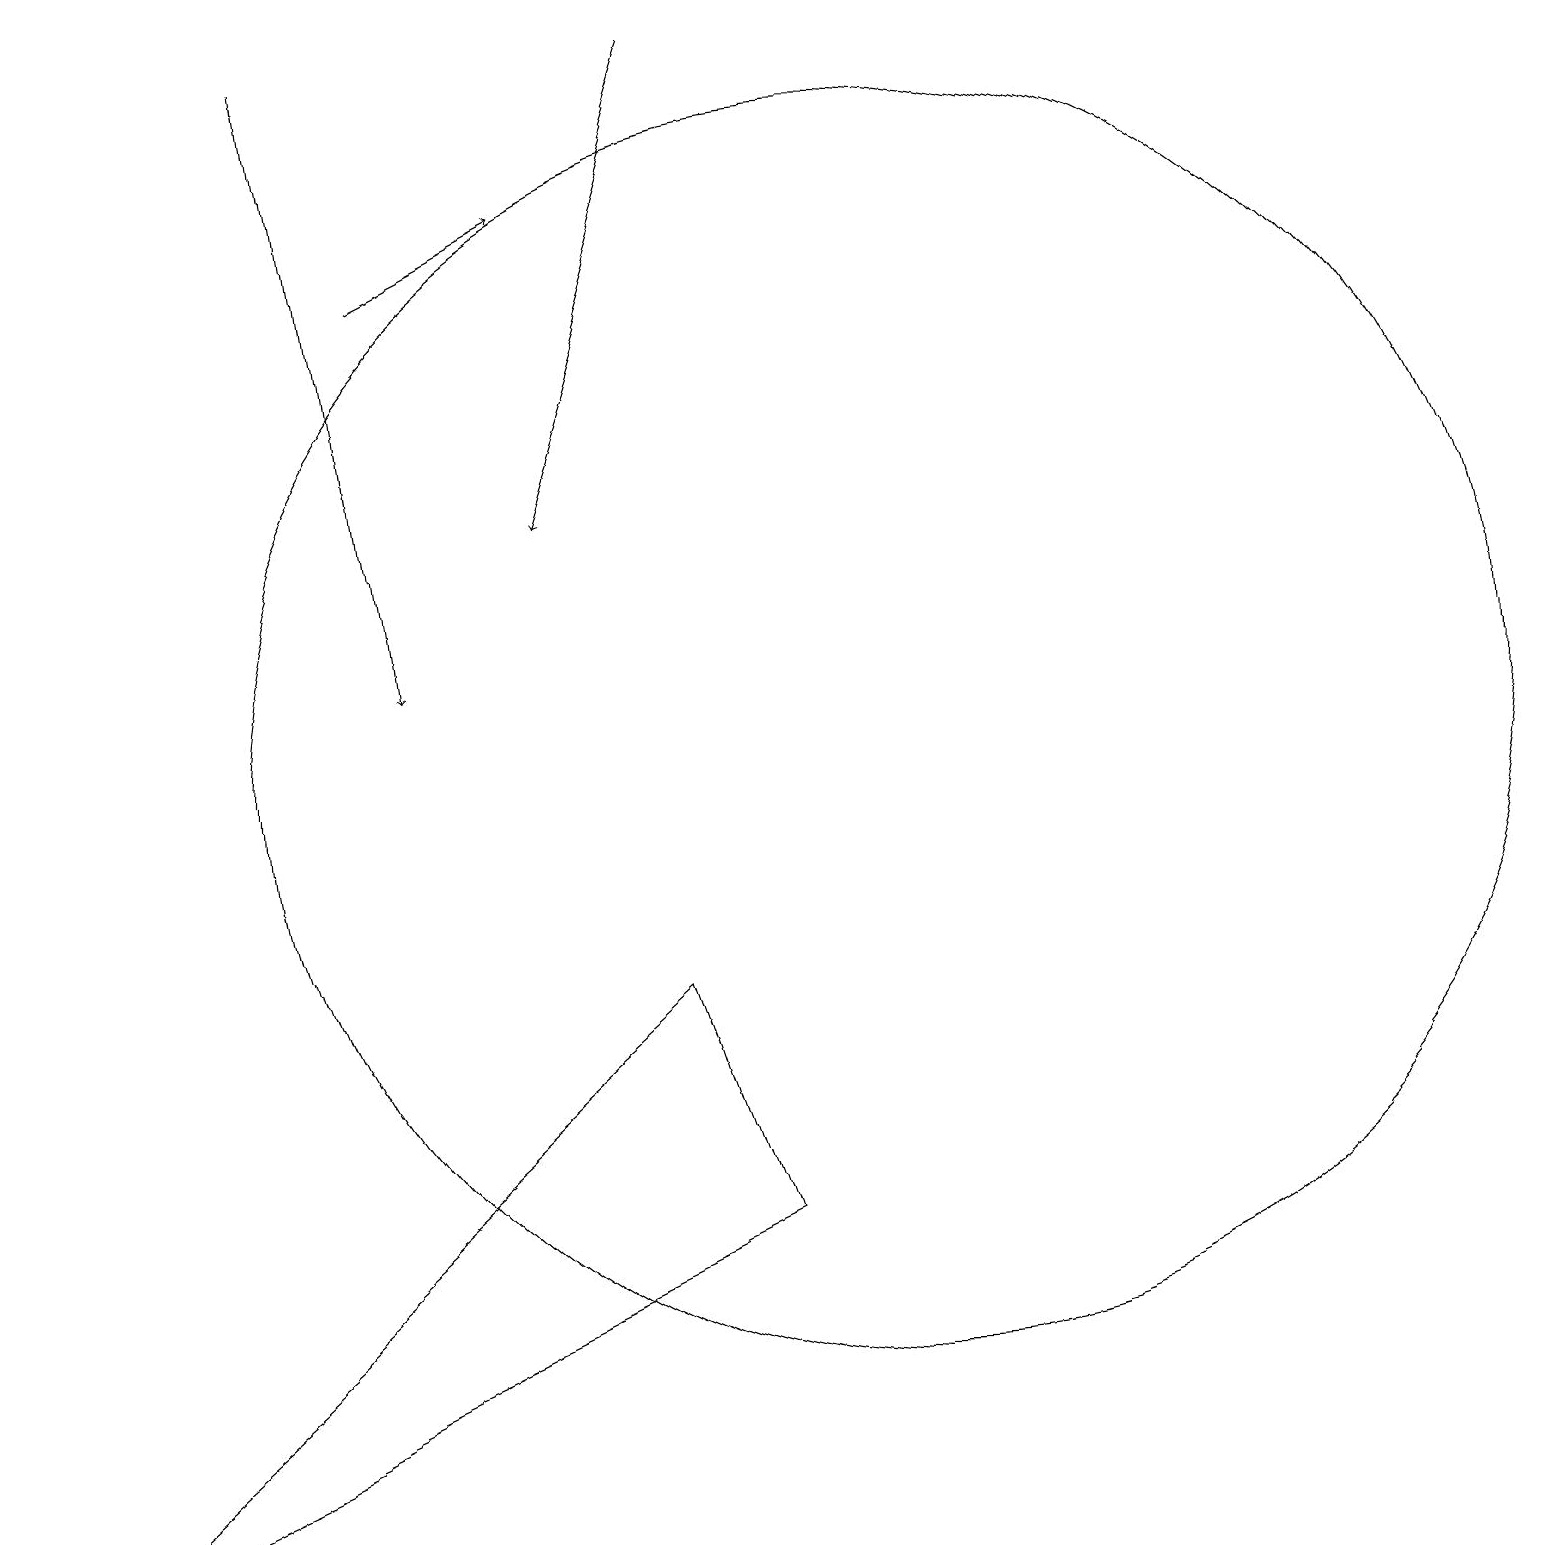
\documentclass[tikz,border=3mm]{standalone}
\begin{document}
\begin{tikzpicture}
\draw[->] (5,16) -- (7,17);
\draw (8,7) -- (0,0) -- (9,4) -- cycle;
\draw[->] (9,19) -- (7,13);
\draw[->] (4,19) -- (5,11);
\draw (11,10) circle (8);
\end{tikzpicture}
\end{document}